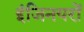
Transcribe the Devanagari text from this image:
इंजिनयरों